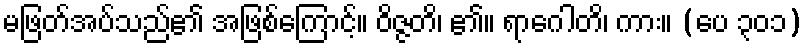
မဖြတ်အပ်သည်၏ အဖြစ်ကြောင့်။ ဝိဇ္ဇတိ၊ ၏။ ရာဂေါတိ၊ ကား။ (ပေ ၃၀၁)